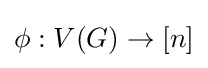
\phi :V(G)\rightarrow [n]